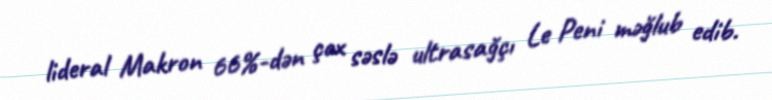
lideral Makron 66%-dən çox səslə ultrasağçı Le Peni məğlub edib.